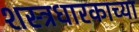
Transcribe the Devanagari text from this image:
शस्त्रधारकाच्या